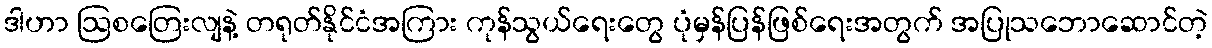
ဒါဟာ ဩစတြေးလျနဲ့ တရုတ်နိုင်ငံအကြား ကုန်သွယ်ရေးတွေ ပုံမှန်ပြန်ဖြစ်ရေးအတွက် အပြုသဘောဆောင်တဲ့